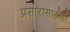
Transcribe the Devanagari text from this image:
प्रसारासाठीही